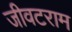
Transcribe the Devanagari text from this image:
जीवटराम